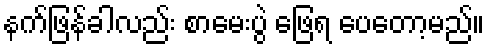
နက်ဖြန်ခါလည်း စာမေးပွဲ ဖြေရ ပေတော့မည်။